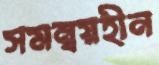
সমন্বয়হীন